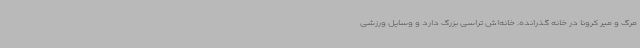
مرگ و میر کرونا در خانه گذرانده. خانه‌اش تراسی بزرگ دارد و وسایل ورزشی